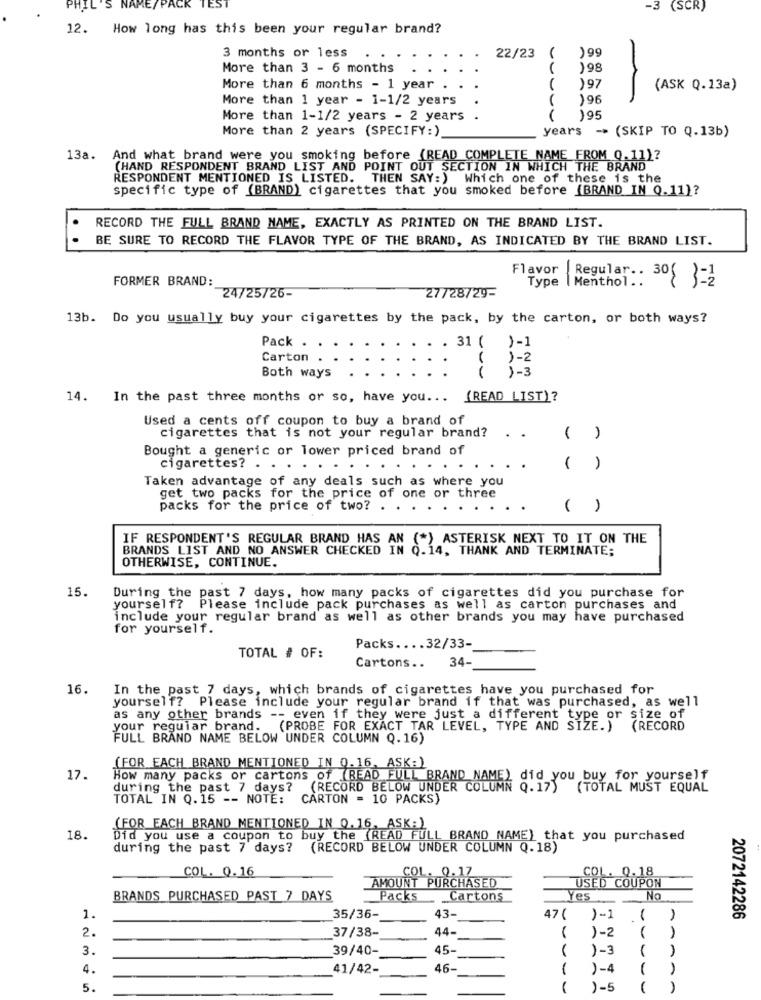
PHIL'S NAME/PACK
-3
(SCR)
12. How long has this been your regular brand?
3 months or less
)99
22/23
More than 3 - 6 months
)98
More than 6 months - 1 year
)97
(ASK Q.13a)
More than 1 year - 1-1/2 years
)96
More than 1-1/2 years - 2 years
195
More than 2 years (SPECIFY:)
years -> (SKIP TO Q.13b)
13a. And what brand were you smoking before (READ COMPLETE_NAME FROM Q.11)?
(HAND RESPONDENT BRAND LIST AND POINT OUT SECTION IN WHICH THE BRAND
RESPONDENT MENTIONED IS LISTED. THEN SAY:) Which one of these is the
specific type of (BRAND) cigarettes that you smoked before (BRAND IN Q.11)?
RECORD THE FULL BRAND NAME, EXACTLY AS PRINTED ON THE BRAND LIST.
BE SURE TO RECORD THE FLAVOR TYPE OF THE BRAND, AS INDICATED BY THE BRAND LIST.
Flavor | Regular .. 301 3-2
Type | Menthol ..
FORMER BRAND:
27/28/29-
24/25/26-
13b. Do you usually buy your cigarettes by the pack, by the carton, or both ways?
Pack .
. 31 ( )-1
Carton
( )-2
Both ways
( )-3
14. In the past three months or so, have you ...
(READ LIST)?
Used a cents off coupon to buy a brand of
cigarettes that is not your regular brand?
.
Bought a generic or lower priced brand of
cigarettes?
( )
Taken advantage of any deals such as where you
get two packs for the price of one or three
packs for the price of two? . .
( )
IF RESPONDENT'S REGULAR BRAND HAS AN (*) ASTERISK NEXT TO IT ON THE
BRANDS LIST AND NO ANSWER CHECKED IN Q.14, THANK AND TERMINATE;
OTHERWISE, CONTINUE.
15.
During the past 7 days, how many packs of cigarettes did you purchase for
yourself? Please include pack purchases as well as carton purchases and
include your regular brand as well as other brands you may have purchased
for yourself.
TOTAL # OF:
Packs .... 32/33-
34-
Cartons ..
16.
In the past 7 days, which brands of cigarettes have you purchased for
yourself? Please include your regular brand if that was purchased, as well
as any other brands -- even if they were just a different type or size of
your regular brand.
(PROBE FOR EXACT TAR LEVEL, TYPE AND SIZE.) (RECORD
FULL BRAND NAME BELOW UNDER COLUMN Q. 16)
(FOR EACH BRAND MENTIONED IN 0.16, ASK:)
17.
How many packs or cartons of (READ FULL BRAND NAME) did you buy for yourself
during the past 7 days?
(RECORD BELOW UNDER COLUMN Q. 17)
(TOTAL MUST EQUAL
TOTAL IN Q.15 -- NOTE:
CARTON = 10 PACKS)
(FOR EACH BRAND MENTIONED IN 0.16, ASK:)
18.
Did you use a coupon to buy the (READ FULL BRAND NAME) that you purchased
during the past 7 days?
(RECORD BELOW UNDER COLUMN Q.18)
COL. 0.16
COL. 0.18
COL. 0.17
AMOUNT PURCHASED
USED COUPON
BRANDS PURCHASED PAST 7 DAYS
Packs
Cartons
Yes
No
1.
35/36-
43-
47 ( )-1
2072142286
2.
37/38-
44-
)-2
3.
39/40-
45-
) -
4.
41/42-
46-
--
1-
5
)-5